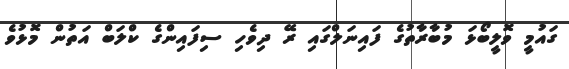
ގައުމީ ވޮލީބޯޅަ މުބާރާތުގެ ފައިނަލްގައި ރޭ ދިވެހި ސިފައިންގެ ކްލަބް އަތުން މޮޅުވެ